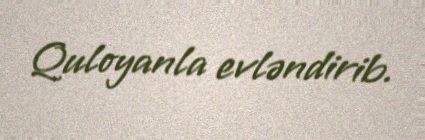
Quloyanla evləndirib.